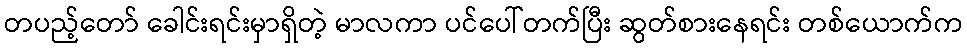
တပည့်တော် ခေါင်းရင်းမှာရှိတဲ့ မာလကာ ပင်ပေါ်တက်ပြီး ဆွတ်စားနေရင်း တစ်ယောက်က